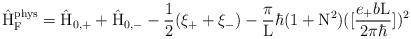
LaTeX: \begin{align*}\hat{\rm H}_{\rm F}^{\rm phys} = \hat{\rm H}_{0,+} + \hat{\rm H}_{0,-}-\frac{1}{2} (\xi_{+} + \xi_{-})- \frac{\pi}{\rm L} {\hbar} (1+{\rm N}^2)([\frac{e_{+}b{\rm L}}{2{\pi}{\hbar}}])^2\end{align*}